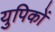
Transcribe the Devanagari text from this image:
युपिकों